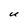
Character: U